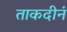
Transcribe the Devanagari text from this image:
ताकदीनं